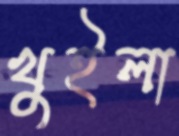
খুইলা